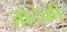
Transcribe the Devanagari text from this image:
ज़ोदेकी